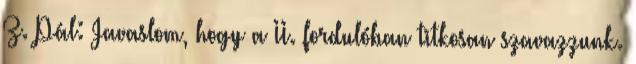
Z. Pál: Javaslom, hogy a II. fordulóban titkosan szavazzunk.